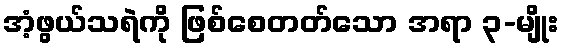
အံ့ဖွယ်သရဲကို ဖြစ်စေတတ်သော အရာ ၃-မျိုး